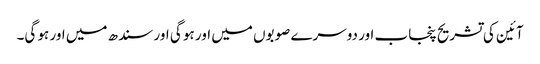
آئین کی تشریح پنجاب اور دوسرے صوبوں میں اور ہو گی اور سندھ میں اور ہو گی۔